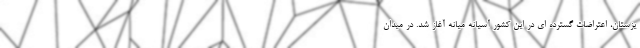
یزستان، اعتراضات گسترده ای در این کشور آسیانه میانه آغاز شد. در میدان